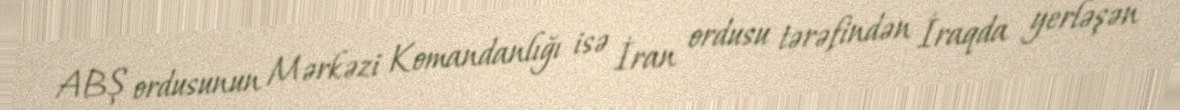
ABŞ ordusunun Mərkəzi Komandanlığı isə İran ordusu tərəfindən İraqda yerləşən